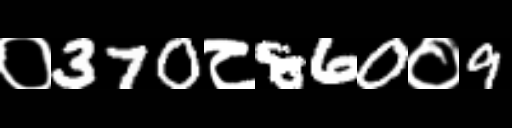
Text: ०370८860०9